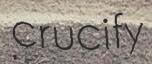
crucify